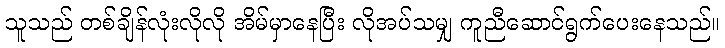
သူသည် တစ်ချိန်လုံးလိုလို အိမ်မှာနေပြီး လိုအပ်သမျှ ကူညီဆောင်ရွက်ပေးနေသည်။